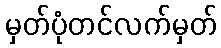
မှတ်ပုံတင်လက်မှတ်